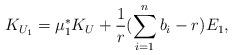
LaTeX: \begin{align*}K_{U_1} = \mu_1^* K_U + \frac{1}{r}(\sum_{i=1}^n b_i -r) E_1, \end{align*}